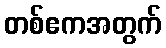
တစ်ဧကအတွက်